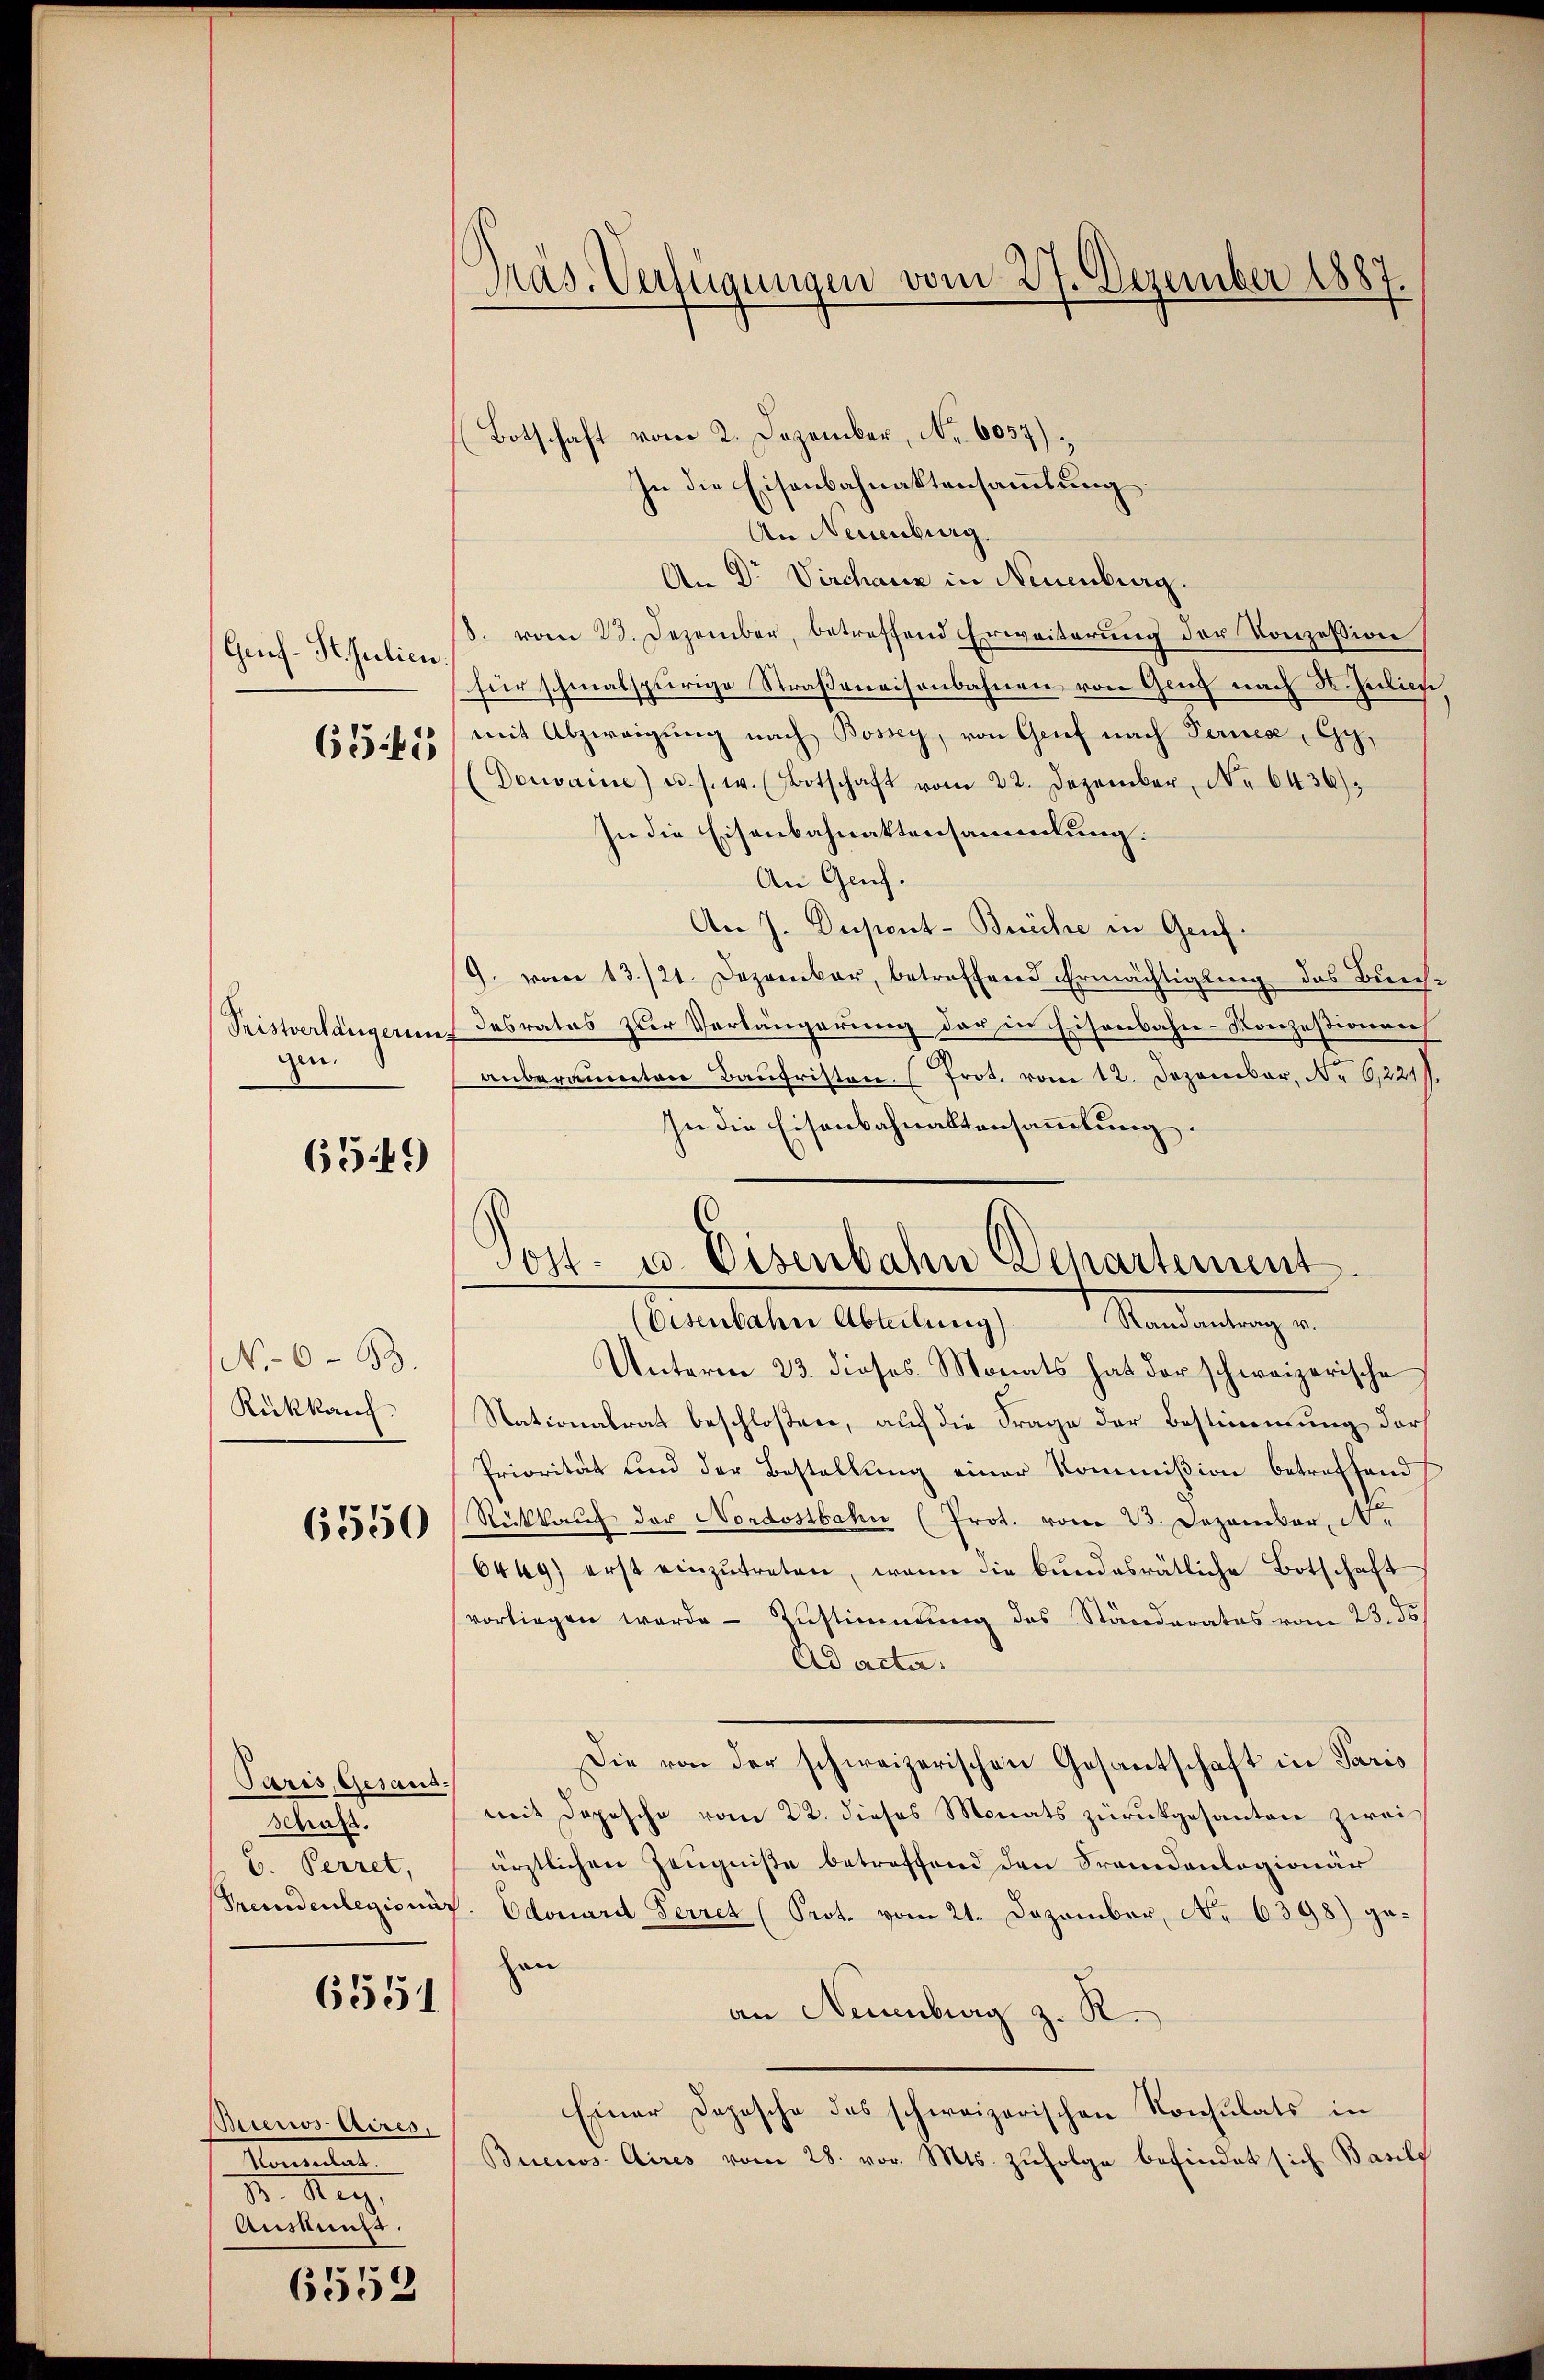
Gruf. St. Julien.

651

gen.

6549

No 693.
Rükkang.

6550

Paris, Gesand¬
Schaft.
b. Perret,

6551

tieros Aires.
Momentat

Auskuns

6552

.
Präs. Verfügungen vom 27. Dezember 1887.

(Botschaft vom 2. Dezember, No. 6057)
In die Eisenbahnaktensammlung.
An Neuenburg.
An Dr Virchaue in Neuenburg.
(8. vom 23. Dezember, betreffend Erweiterung der Konzession
für schmalspurige Straßenaisenbahnen von Genf nach 3. Julie
mit Abzweigung nach Bossey, von Grief nach Fernese, Gy,
(Donvaine) u. s. w. Botschaft vom 22. Dezember, No 6436).
In die Eisenbahnaktensammlung:
An Genf.
An J. Dupont-Brüche in Genf.
9. vom 13./21. Dezember, betreffend Ermächtigung das Bürch
Pristverlängerung desrates zur Verlängerung der in Eisenbahn-Konzessionens
anberannten Baŭfristen (Prot. vom 12. Dezember, No 6,221
Unterm 23. dieses Monats hat der schweizerische
Nationalrat beschloßen, auf die Frage der Bestimmung darf
Priorität und der Bestellung einer Kommißion betreffend
Rückkaŭf der Nordostbahn (Prot. vom 23. Dezember N.
6469) erst einzŭtreten, wenn die bundesrätliche Botschaft
vorliegen werde - Zustimmung des Ständerates vom 23. ds.
Ad acta.
Die von der schweizerischen Gesantschaft in Paris
mit Dopische vom 22. dieses Monats zurückgesanten zwei
ärztlichen Zeugniße betreffend den Srandanlagionär
Fremdenlegionis. Odouardt Perret (Prot. vom 21. Dezember, No 6398) gehen
an Neuenburg z. R.
Einer Depesche des schweizerischen Konsulats in
Buenos Aires vom 28. vor. Mts. zufolge befindet sich Basil

In die Eisenbahnaktensammlung.
Post- u. Eisenbahn Departement.
(Eisenbahn Abteilung Randantrag u.